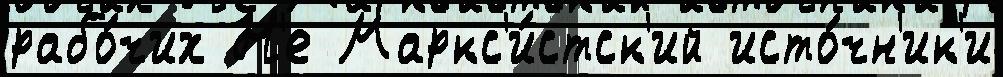
рабо́чих Н'е Маркс'и́стск'ий исто́чн'ик'и